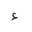
Letter: _hamza